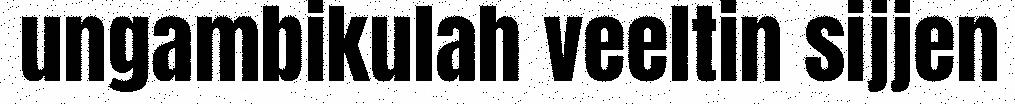
ungambikulah veeltin sijjen